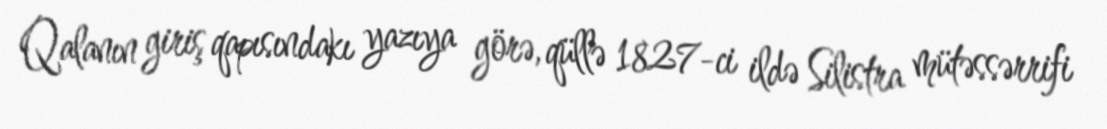
Qalanın giriş qapısındakı yazıya görə, qüllə 1827-ci ildə Silistra mütəssərrifi